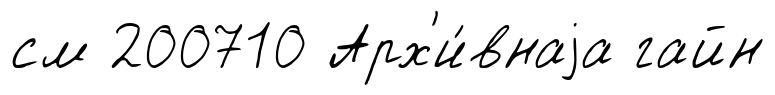
см 200710 Арх'и́внаjа гайн